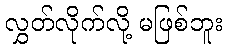
လွှတ်လိုက်လို့ မဖြစ်ဘူး